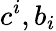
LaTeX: c^{i},b_{i}